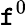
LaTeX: \mathtt{f}^{0}